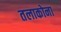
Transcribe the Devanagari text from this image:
तलाकोना